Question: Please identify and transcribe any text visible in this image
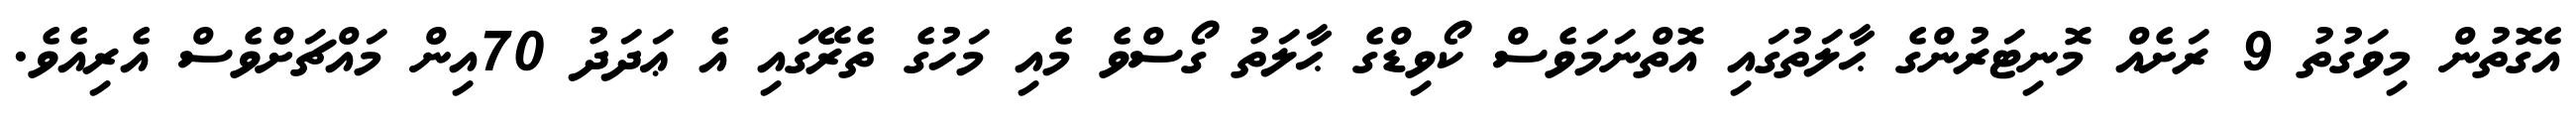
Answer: އެގޮތުން މިވަގުތު 9 ރަށެއް މޮނިޓަރުންގެ ޙާލަތުގައި އޮތްނަމަވެސް ކޯވިޑްގެ ޙާލަތު ގޯސްވެ މެއި މަހުގެ ތެރޭގައި އެ ޢަދަދު 70އިން މައްޗަށްވެސް އެރިއެވެ.